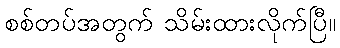
စစ်တပ်အတွက် သိမ်းထားလိုက်ပြီ။